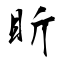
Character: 盺